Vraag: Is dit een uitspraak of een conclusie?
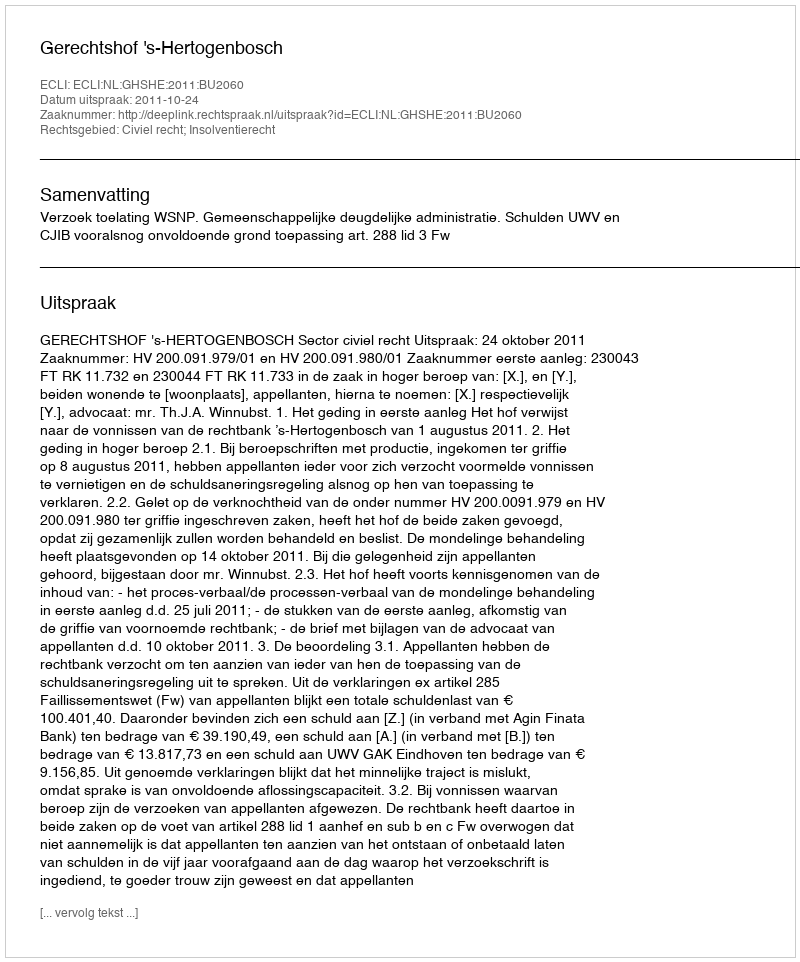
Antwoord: Uitspraak